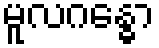
မူလဂန္ဓော